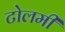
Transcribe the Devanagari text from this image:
टोलमी